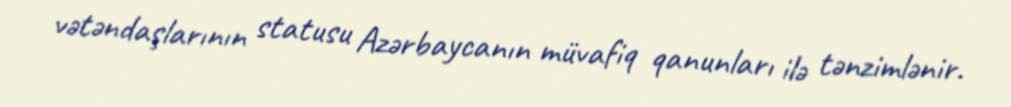
vətəndaşlarının statusu Azərbaycanın müvafiq qanunları ilə tənzimlənir.